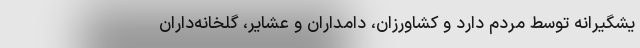
یشگیرانه توسط مردم دارد و کشاورزان، دامداران و عشایر، گلخانه‌داران